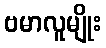
ဗမာလူမျိုး